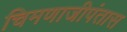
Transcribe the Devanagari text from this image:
चिमणाजीपंतास